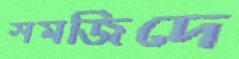
সমজিদে